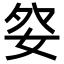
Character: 𡛹